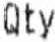
QTY